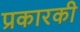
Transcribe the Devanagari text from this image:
प्रकारकी